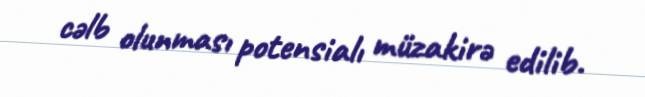
cəlb olunması potensialı müzakirə edilib.